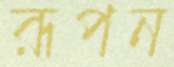
রূপন